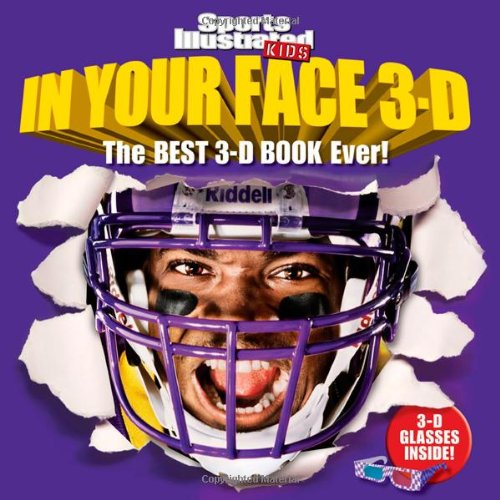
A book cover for Sports Illustrated Kids In Your Face 3D: The Best 3-D Book Ever!; David E. Klutho; Children's Books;